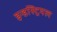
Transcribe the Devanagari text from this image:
इन्डस्ट्रियल